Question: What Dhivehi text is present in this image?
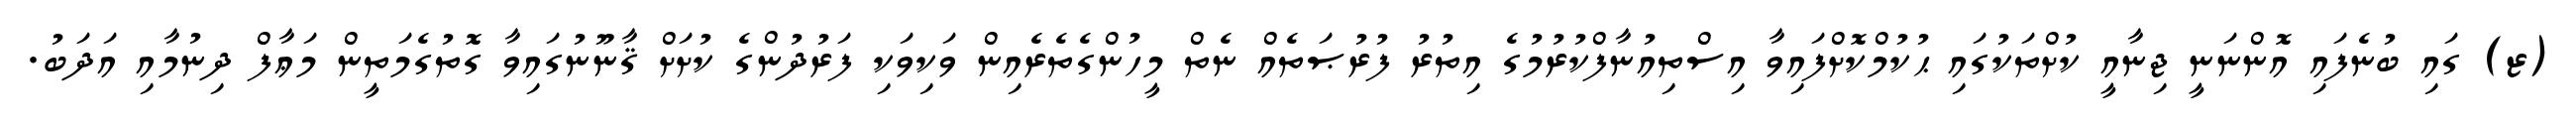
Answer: (ޒ) ގައި ބުނެފައި އޮންނަނީ ޖިނާއީ ކުށްތަކުގައި ޙުކުމްކޮށްފައިވާ އިސްތިއުނާފްކުރުމުގެ އިތުރު ފުރުޞަތެއް ނެތް މީހުންގެތެރެއިން ވަކިވަކި ފަރުދުންގެ ކުށަށް ޤާނޫނުގައިވާ ގޮތުގެމަތީން މަޢާފް ދިނުމާއި އަދަބު.